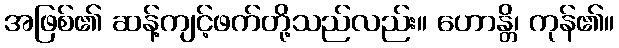
အဖြစ်၏ ဆန့်ကျင့်ဖက်တို့သည်လည်း။ ဟောန္တိ၊ ကုန်၏။